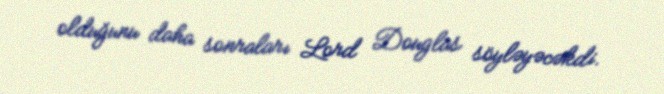
olduğunu daha sonraları Lord Douglas söyləyəcəkdi.